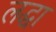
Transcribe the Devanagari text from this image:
लद्धा